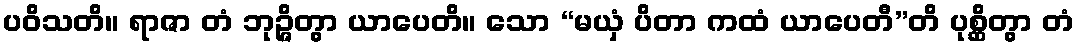
ပဝိသတိ။ ရာဇာ တံ ဘုဉ္ဇိတွာ ယာပေတိ။ သော “မယှံ ပိတာ ကထံ ယာပေတီ”တိ ပုစ္ဆိတွာ တံ